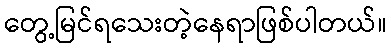
တွေ့မြင်ရသေးတဲ့နေရာဖြစ်ပါတယ်။